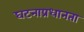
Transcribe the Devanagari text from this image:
घटनाप्रधानता